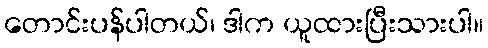
တောင်းပန်ပါတယ်၊ ဒါက ယူထားပြီးသားပါ။